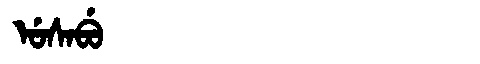
Manchu: ᡠᠰᠠᠪᡠ
Romanization: USABU